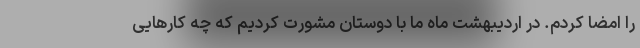
را امضا کردم. در اردیبهشت ماه ما با دوستان مشورت کردیم که چه کارهایی